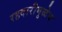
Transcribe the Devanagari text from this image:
रहदारीमुळेच